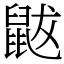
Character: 鼥